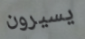
يسيرون